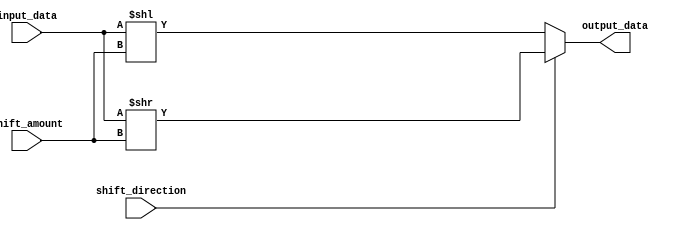
module Hybrid_Barrel_Shifter(
  input wire [7:0] input_data,
  input wire [2:0] shift_amount,
  input wire shift_direction, // 0 for left shift, 1 for right shift
  output reg [7:0] output_data
);

reg [7:0] shifted_data;

always @(*) begin
  if(shift_direction == 0) begin
    shifted_data = input_data << shift_amount;
  end else begin
    shifted_data = input_data >> shift_amount;
  end

  output_data = shifted_data;
end

endmodule